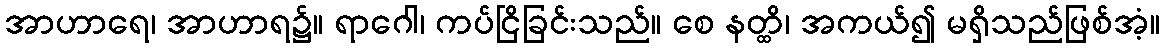
အာဟာရေ၊ အာဟာရ၌။ ရာဂေါ၊ ကပ်ငြိခြင်းသည်။ စေ နတ္ထိ၊ အကယ်၍ မရှိသည်ဖြစ်အံ့။